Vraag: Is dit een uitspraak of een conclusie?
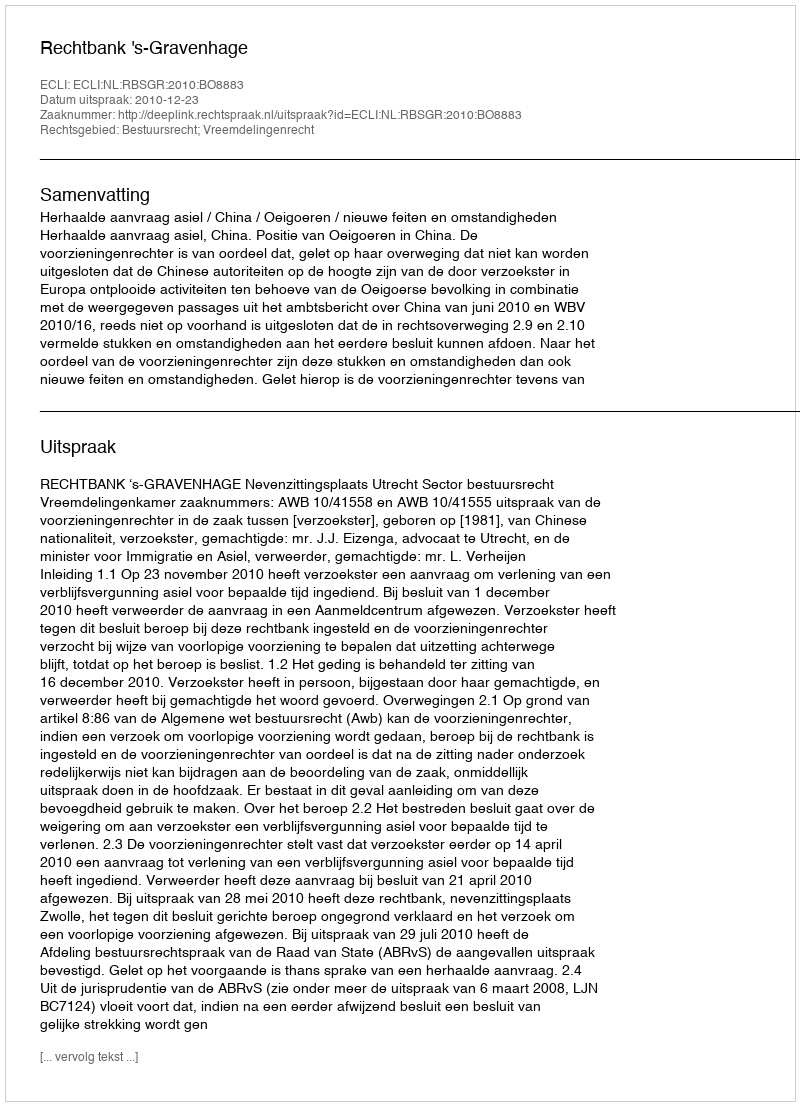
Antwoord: Uitspraak